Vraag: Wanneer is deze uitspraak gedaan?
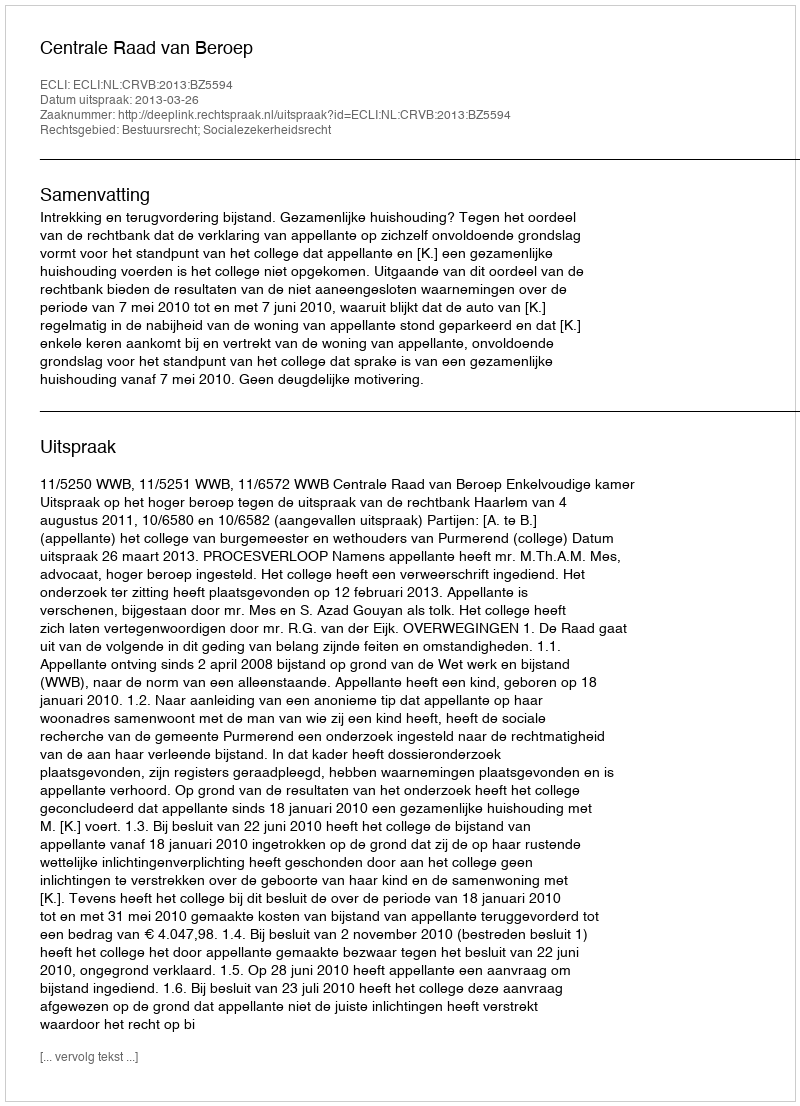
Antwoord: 2013-03-26